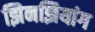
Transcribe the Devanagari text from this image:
झिनझियांग